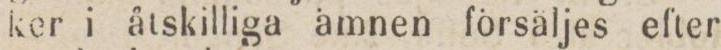
ker i åtskilliga ämnen försäljes efter